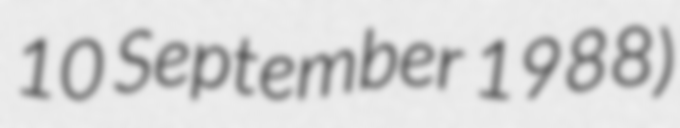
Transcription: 10 September 1988)